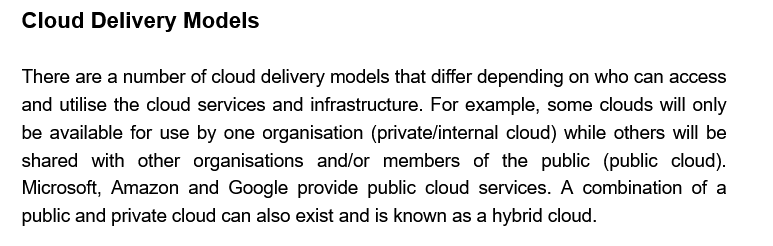
There are a number of cloud delivery models that differ depending on who can access
   and utilise the cloud services and infrastructure. For example, some clouds will only
   be available for use by one organisation (private/internal cloud) while others will be
   shared with other organisations and/or members of the  public (public cloud).
   Microsoft, Amazon and Google provide public cloud services. A combination of a
   public and private cloud can also exist and is known as a hybrid cloud.
   Cloud  Delivery  Models